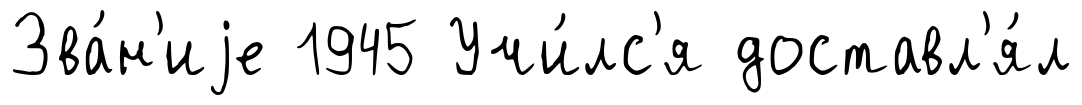
Зва́н'иjе 1945 Учи́лс'я доставл'я́л